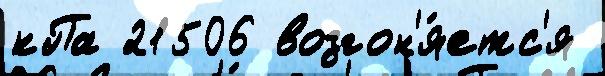
кПа 21506 возгон'я́етс'я